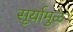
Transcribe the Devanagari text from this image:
सूर्यामुळे